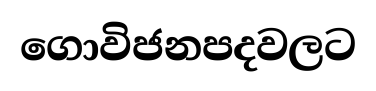
ගොවිජනපදවලට